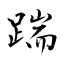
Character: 踹